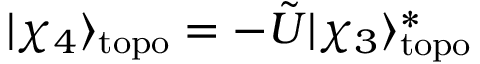
| \chi _ { 4 } \rangle _ { \mathrm { t o p o } } = - \tilde { U } | \chi _ { 3 } \rangle _ { \mathrm { t o p o } } ^ { * }